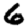
Digit: 6